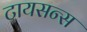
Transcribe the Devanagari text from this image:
टायसन्स